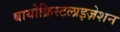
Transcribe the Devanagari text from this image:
बायोक्रिस्टलाइज़ेशन